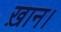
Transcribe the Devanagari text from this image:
ख़ान।